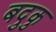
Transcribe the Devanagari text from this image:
बदुकु